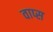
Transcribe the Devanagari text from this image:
वाप्स